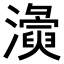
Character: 𭳛